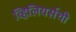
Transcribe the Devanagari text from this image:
व्हिलियर्सची